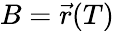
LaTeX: B={\vec{r}}(T)